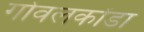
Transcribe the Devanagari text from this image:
गोवलकोंडा